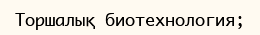
Торшалық биотехнология;